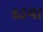
દડવા